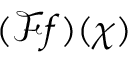
( { \mathcal { F } } f ) ( \chi )